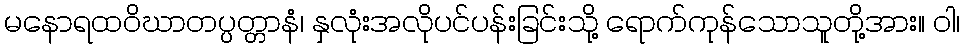
မနောရထဝိဃာတပ္ပတ္တာနံ၊ နှလုံးအလိုပင်ပန်းခြင်းသို့ ရောက်ကုန်သောသူတို့အား။ ဝါ၊